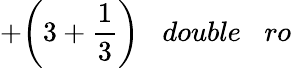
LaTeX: +{\bigg(}3+{\frac{1}{3}}{\bigg)}\; \; \; double\; \; \; ro